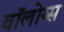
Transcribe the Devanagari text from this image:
वॉलोय्स